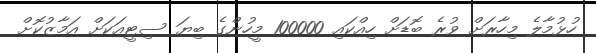
ހުޅުމާލެ މިހާރަށް ވުރެ ބޮޑަށް ހިއްކައި 100000 މީހުންގެ ބިޔަ ސިޓީއަކަށް އަމާޒުކޮށް